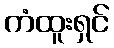
ကံထူးရှင်